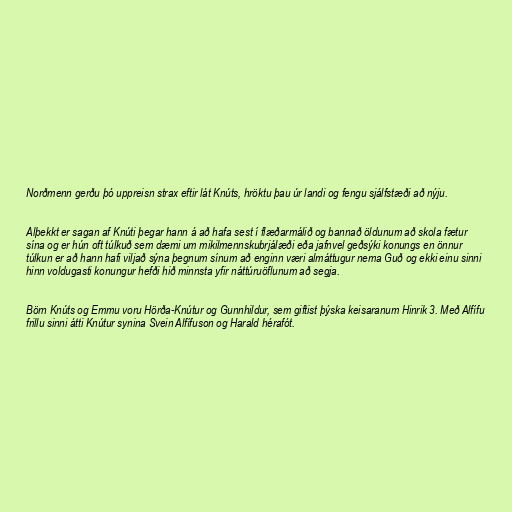
Norðmenn gerðu þó uppreisn strax eftir lát Knúts, hröktu þau úr landi og fengu sjálfstæði að nýju.

Alþekkt er sagan af Knúti þegar hann á að hafa sest í flæðarmálið og bannað öldunum að skola fætur
sína og er hún oft túlkuð sem dæmi um mikilmennskubrjálæði eða jafnvel geðsýki konungs en önnur
túlkun er að hann hafi viljað sýna þegnum sínum að enginn væri almáttugur nema Guð og ekki einu sinni
hinn voldugasti konungur hefði hið minnsta yfir náttúruöflunum að segja.

Börn Knúts og Emmu voru Hörða-Knútur og Gunnhildur, sem giftist þýska keisaranum Hinrik 3. Með Alfífu
frillu sinni átti Knútur synina Svein Alfífuson og Harald hérafót.